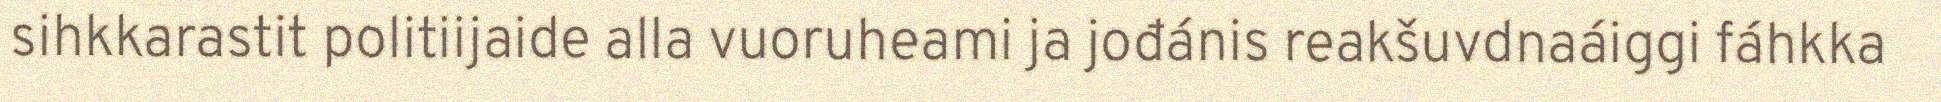
sihkkarastit politiijaide alla vuoruheami ja jođánis reakšuvdnaáiggi fáhkka